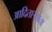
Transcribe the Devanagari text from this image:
आदितार्‍याचा